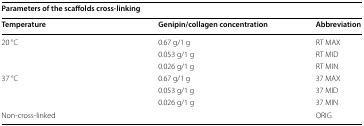
<table><thead><tr><td colspan="3"><b>Parameters of the scaffolds cross-linking</b></td></tr><tr><td><b>Temperature</b></td><td><b>Genipin/collagen concentration</b></td><td><b>Abbreviation</b></td></tr></thead><tbody><tr><td rowspan="3">20 °C</td><td>0.67 g/1 g</td><td>RT MAX</td></tr><tr><td>0.053 g/1 g</td><td>RT MID</td></tr><tr><td>0.026 g/1 g</td><td>RT MIN</td></tr><tr><td rowspan="3">37 °C</td><td>0.67 g/1 g</td><td>37 MAX</td></tr><tr><td>0.053 g/1 g</td><td>37 MID</td></tr><tr><td>0.026 g/1 g</td><td>37 MIN</td></tr><tr><td colspan="2">Non-cross-linked</td><td>ORIG</td></tr></tbody></table>